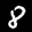
Label: 8